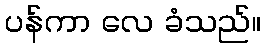
ပန်ကာ လေ ခံသည်။